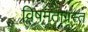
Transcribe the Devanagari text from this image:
विषमताग्रस्त